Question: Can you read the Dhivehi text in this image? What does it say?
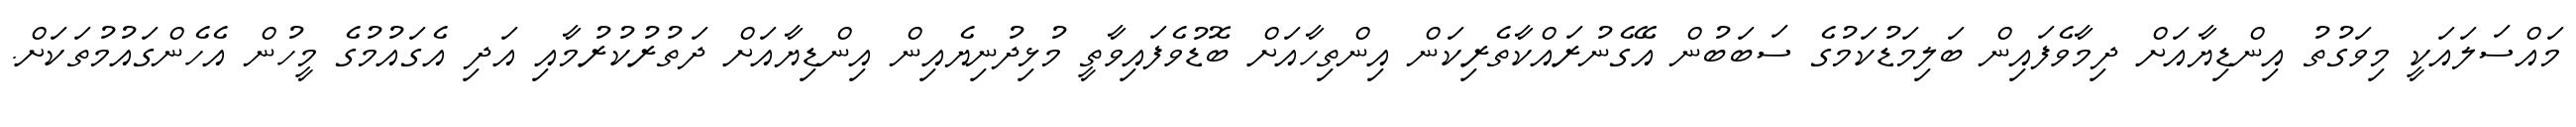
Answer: މައްސަލައަކީ މިވަގުތު އިންޑިޔާއަށް ދިމާވެފައިން ބަލިމަޑުކަމުގެ ސަބަބުން އޭގެނުރައްކާތެރިކަން އިންތިހާއަށް ބޮޑުވެފައިވާތީ މުޅިދުނިޔެއިން އިންޑިޔާއަށް ދަތުރުކުރުމާއި އަދި އެގައުމުގެ މީހުން އެހެންގައުމުތަކަށް.